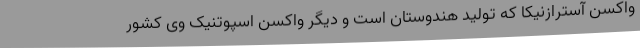
واکسن آسترازنیکا که تولید هندوستان است و دیگر واکسن اسپوتنیک وی کشور